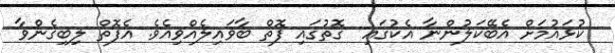
ކުޅައުމަށް އެބޭކަލުންނާ އެކުގައި  ގޮތުގައި ފޮތް ބާވައިލެއްވިއެވެ. އެފޮތް ލިބިގެންވާ